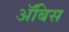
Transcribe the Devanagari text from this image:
ॲबिस